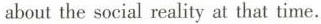
about the social reality at that time.